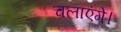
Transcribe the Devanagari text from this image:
चलाएंगे।